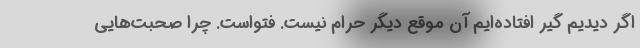
اگر دیدیم گیر افتاده‌ایم آن موقع دیگر حرام نیست. فتواست. چرا صحبت‌هایی